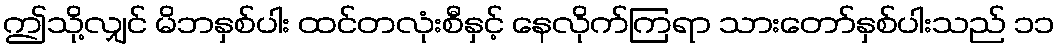
ဤသို့လျှင် မိဘနှစ်ပါး ထင်တလုံးစီနှင့် နေလိုက်ကြရာ သားတော်နှစ်ပါးသည် ၁၁